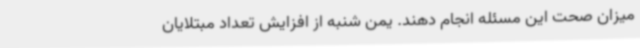
میزان صحت این مسئله انجام دهند. یمن شنبه از افزایش تعداد مبتلایان